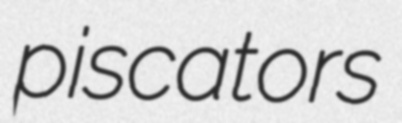
piscators